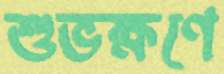
শুভক্ষণে